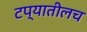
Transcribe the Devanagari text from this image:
टप्यातीलच